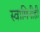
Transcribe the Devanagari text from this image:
स्वामिनीही